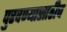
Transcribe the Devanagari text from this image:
पुरवण्यासाठीच